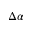
\Delta \alpha